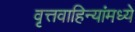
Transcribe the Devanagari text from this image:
वृत्तवाहिन्यांमध्ये